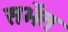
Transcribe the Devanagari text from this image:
सभेंत